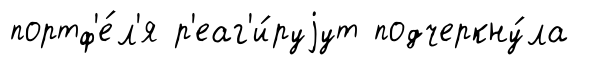
портф'е́л'я р'еаг'и́руjут подчеркну́ла